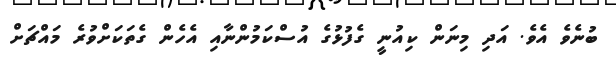
ބުނެވެ އެވެ. އަދި މިނަން ކިއުނީ ގެފުޅުގެ އުސްކަމުންނާއި އެހެން ގެތަކަށްވުރެ މައްޗަށް